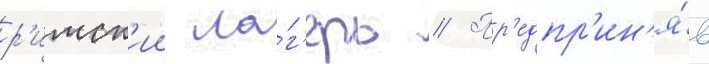
р'имск'ии ла́г'ерь // Пр'едпр'ин'я́в